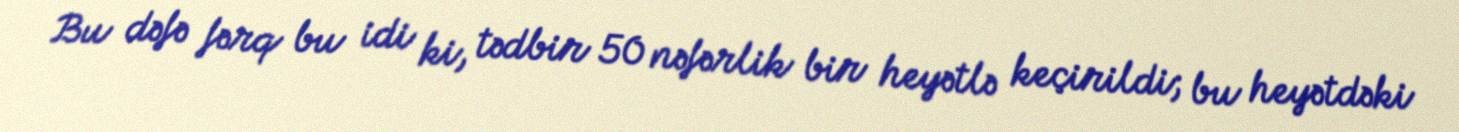
Bu dəfə fərq bu idi ki, tədbir 50 nəfərlik bir heyətlə keçirildi; bu heyətdəki